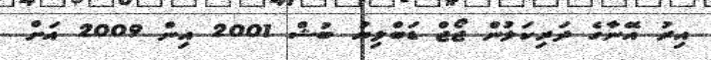
އިރު އޭނާގެ ދަރިކަލުން ޖޯޖް ޑަބްލިޔު ބުޝް 2001 އިން 2009 އަށް